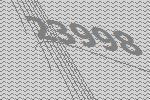
23998